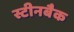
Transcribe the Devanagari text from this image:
स्टीनबैक